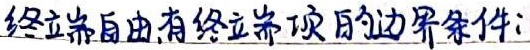
终端自由有终端项的边界条件：